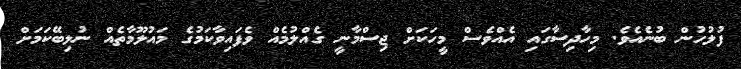
ފުލުހުން ބުނެއެވެ. މިހާދިސާގައި އެއްވެސް މީހަކަށް ޖިސްމާނީ ގެއްލުމެއް ވެފައިވާކަމުގެ މައުލޫމާތެއް ނުލިބޭކަމަށް